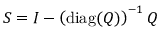
S = I - \left( \operatorname { d i a g } ( Q ) \right) ^ { - 1 } Q